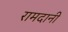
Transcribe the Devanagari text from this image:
रामदानी